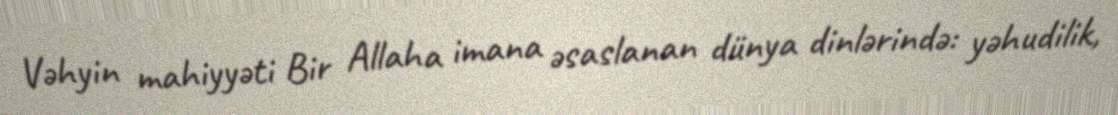
Vəhyin mahiyyəti Bir Allaha imana əsaslanan dünya dinlərində: yəhudilik,